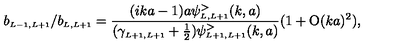
b _ { \scriptscriptstyle { L - 1 , L + 1 } } / b _ { \scriptscriptstyle { L , L + 1 } } = \frac { ( i k a - 1 ) a \psi _ { \scriptscriptstyle { L , L + 1 } } ^ { > } ( k , a ) } { ( \gamma _ { \scriptscriptstyle { L + 1 , L + 1 } } + \frac { 1 } { 2 } ) \psi _ { \scriptscriptstyle { L + 1 , L + 1 } } ^ { > } ( k , a ) } ( 1 + \mathrm { O } ( k a ) ^ { 2 } ) ,